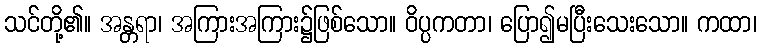
သင်တို့၏။ အန္တရာ၊ အကြားအကြား၌ဖြစ်သော။ ဝိပ္ပကတာ၊ ပြော၍မပြီးသေးသော။ ကထာ၊